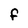
Character: F